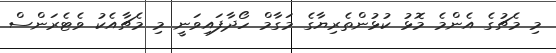
މި މެޗުގެ އެންމެ މޮޅު ކުޅުންތެރިޔާގެ މަގާމް ހޯދާފައިވަނީ މި މެޗާއެކު ވެޓެރަންސް